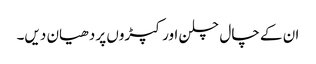
ان کے چال چلن اور کپڑوں پر دھیان دیں۔